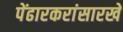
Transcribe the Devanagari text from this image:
पेंढारकरांसारखे